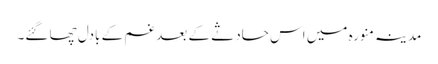
مدینہ منورہ میں اس حادثے کے بعد غم کے بادل چھا گئے۔